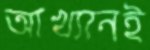
আখ্যানই